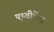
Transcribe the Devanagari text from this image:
पृथ्वीकेंद्र